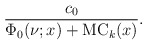
\begin{align*}\frac{c_0}{\Phi_0(\nu;x)+\mathrm{MC}_k(x)}.\end{align*}